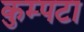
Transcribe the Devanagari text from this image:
कुम्पटा